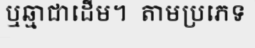
ឬឆ្មាជាដើម។  តាមប្រភេទ